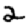
Digit: 2